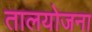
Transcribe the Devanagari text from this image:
तालयोजना